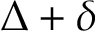
\Delta + \delta